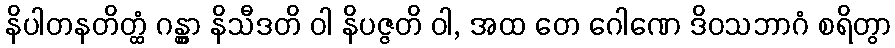
နိပါတနတိတ္ထံ ဂန္တွာ နိသီဒတိ ဝါ နိပဇ္ဇတိ ဝါ, အထ တေ ဂေါဏေ ဒိဝသဘာဂံ စရိတွာ